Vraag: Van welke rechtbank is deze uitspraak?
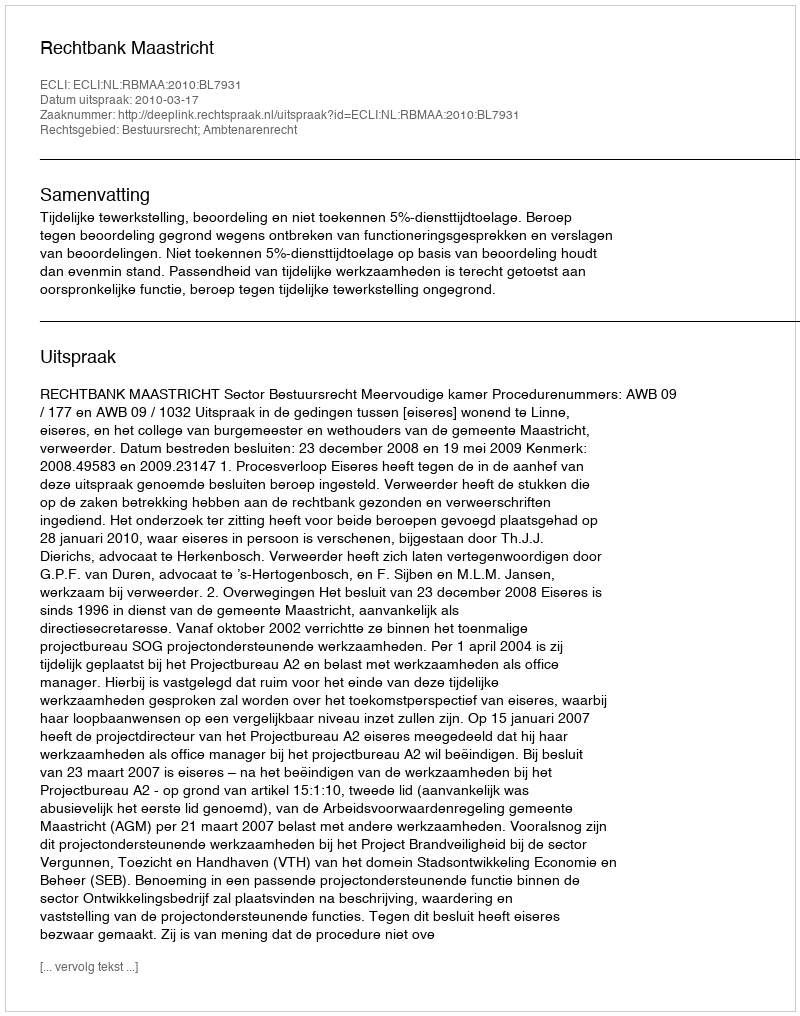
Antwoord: Rechtbank Maastricht